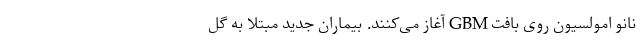
نانو امولسیون روی بافت GBM آغاز می‌کنند. بیماران جدید مبتلا به گل